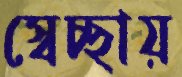
স্বেচ্ছায়